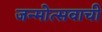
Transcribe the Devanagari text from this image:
जन्मोत्सवाची